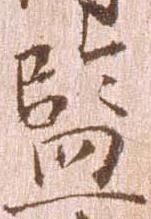
監